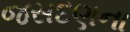
જસદણના